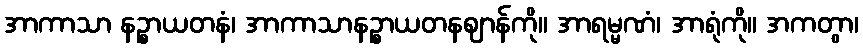
အာကာသာ နဉ္စာယတနံ၊ အာကာသာနဉ္စာယတနဈာန်ကို။ အာရမ္မဏံ၊ အာရုံကို။ အကတွာ၊